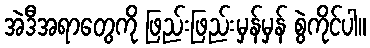
အဲဒီအရာတွေကို ဖြည်းဖြည်းမှန်မှန် စွဲကိုင်ပါ။